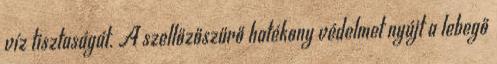
víz tisztaságát. A szellőzőszűrő hatékony védelmet nyújt a lebegő